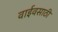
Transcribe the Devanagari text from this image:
वाईवसाठी